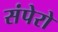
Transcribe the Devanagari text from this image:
संपेरो